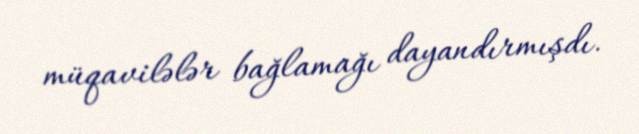
müqavilələr bağlamağı dayandırmışdı.